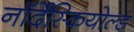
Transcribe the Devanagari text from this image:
नॉर्देंस्कियोल्ड